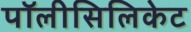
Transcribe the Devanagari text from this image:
पॉलीसिलिकेट